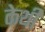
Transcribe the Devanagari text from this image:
केथी